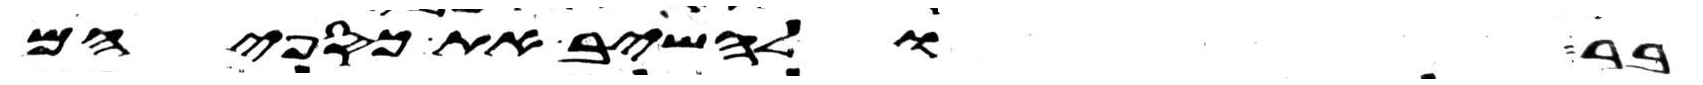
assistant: בר ולהשיב את כספיהם